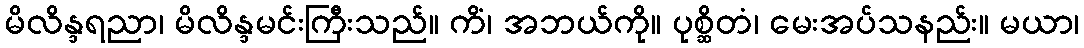
မိလိန္ဒရညာ၊ မိလိန္ဒမင်းကြီးသည်။ ကိံ၊ အဘယ်ကို။ ပုစ္ဆိတံ၊ မေးအပ်သနည်း။ မယာ၊